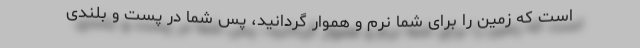
است که زمین را برای شما نرم و هموار گردانید، پس شما در پست و بلندی‌